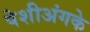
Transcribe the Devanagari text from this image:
पेशीअंगके